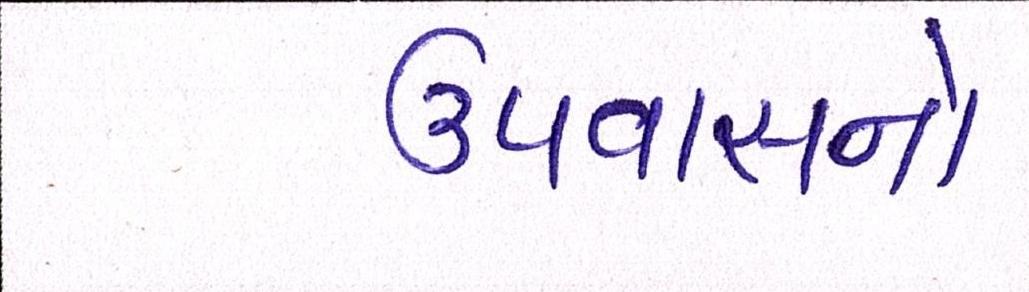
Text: ઉપવાસનો